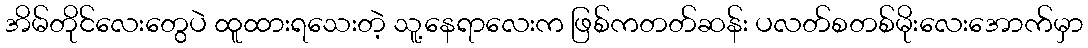
အိမ်တိုင်လေးတွေပဲ ထူထားရသေးတဲ့ သူ့နေရာလေးက ဖြစ်ကတတ်ဆန်း ပလတ်စတစ်မိုးလေးအောက်မှာ